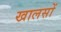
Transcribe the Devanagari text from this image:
खालसों